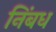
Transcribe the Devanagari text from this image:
निंबध